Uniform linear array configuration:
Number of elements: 8
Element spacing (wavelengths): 0.5
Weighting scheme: uniform
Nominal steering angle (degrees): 15
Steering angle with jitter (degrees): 16.054
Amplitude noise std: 0.05
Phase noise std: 0.05

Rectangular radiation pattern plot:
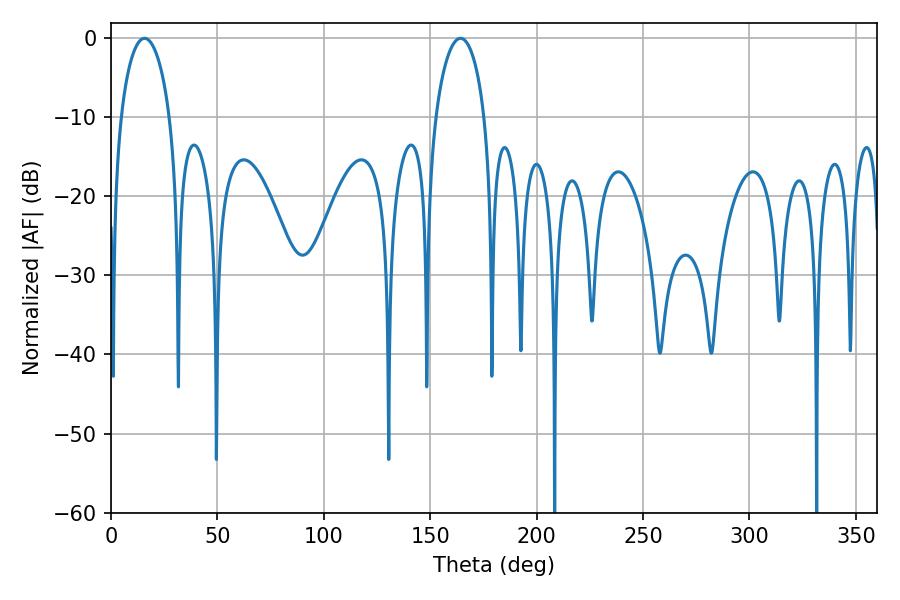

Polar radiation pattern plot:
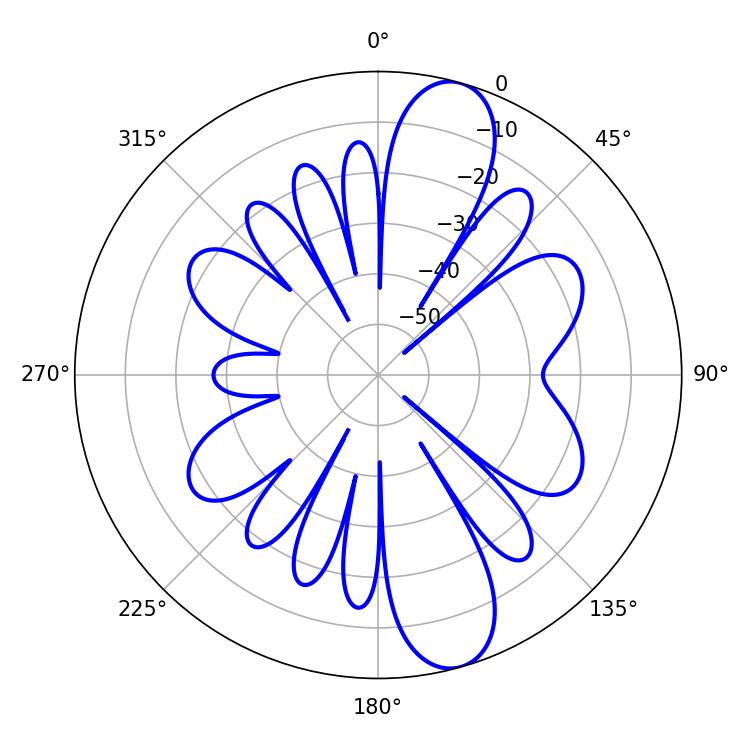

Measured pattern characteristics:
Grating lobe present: FALSE
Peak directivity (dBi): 11.537
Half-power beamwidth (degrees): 13.32
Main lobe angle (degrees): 15.84